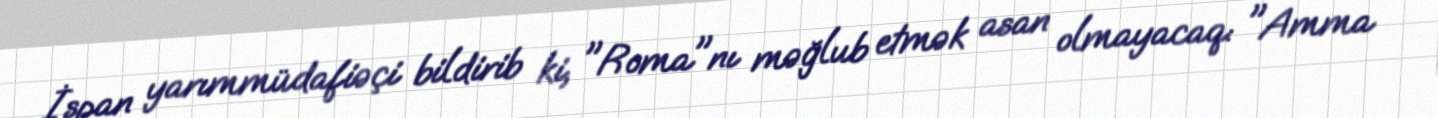
İspan yarımmüdafiəçi bildirib ki, "Roma"nı məğlub etmək asan olmayacaq: "Amma